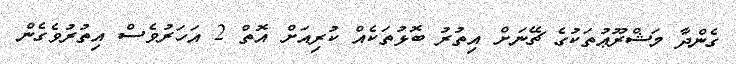
ގެންދާ މަޝްރޫޢުތަކުގެ ޗޭނަށް އިތުރު ބޮޅުތަކެއް ކުރިއަށް އޮތް 2 އަހަރުވެސް އިތުރުވެގެން